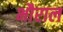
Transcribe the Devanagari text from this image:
भौराल